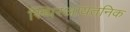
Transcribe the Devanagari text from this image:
स्थिरआयतनिक